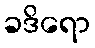
ခဒိရော